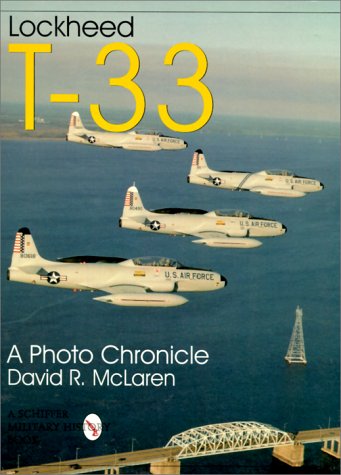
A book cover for Lockheed T-33: A Photo Chronicle (Schiffer Military/Aviation History); David McLaren; Arts & Photography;